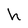
Character: h